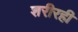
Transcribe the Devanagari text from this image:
शरीरही